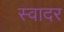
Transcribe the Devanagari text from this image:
स्वादर